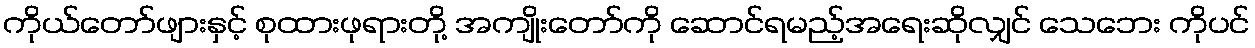
ကိုယ်တော်ဖျားနှင့် စုထားဖုရားတို့ အကျိုးတော်ကို ဆောင်ရမည့်အရေးဆိုလျှင် သေဘေး ကိုပင်